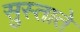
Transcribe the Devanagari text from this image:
सुस्ताते